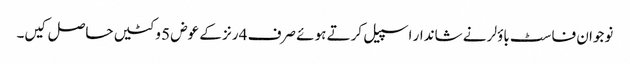
نوجوان فاسٹ باؤلر نے شاندار اسپیل کرتے ہوئے صرف 4 رنز کے عوض 5 وکٹیں حاصل کیں۔